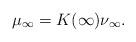
LaTeX: \begin{align*}\mu_\infty = K(\infty)\nu_\infty.\end{align*}